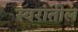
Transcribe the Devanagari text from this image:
स्वरांतील